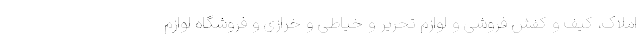
املاک، کیف و کفش فروشی و لوازم تحریر و خیاطی و خرازی و فروشگاه لوازم